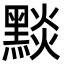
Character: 𪑓